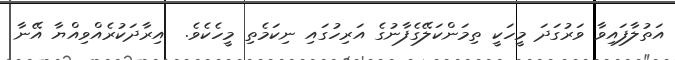
އަތުލާފައިވާ ވަރުގަދަ މީހަކީ ތިމަންކަލޭގެފާނުގެ އަރިހުގައި ނިކަމެތި މީހެކެވެ.  އިރާދަކުރެއްވިއްޔާ އޭނާ